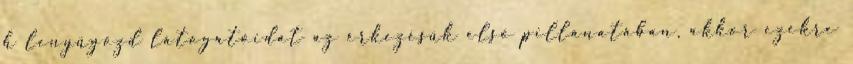
h lenyűgözd látogatóidat az érkezésük első pillanatában, akkor ezekre